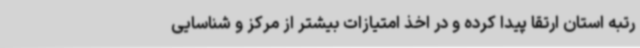
رتبه استان ارتقا پیدا کرده و در اخذ امتیازات بیشتر از مرکز و شناسایی